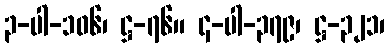
၃-ပါ-၁၀၆၊ ဋ္ဌ-၇၆။ ၄-ပါ-၃၇၉၊ ဋ္ဌ-၃၂၁၊